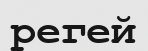
регей